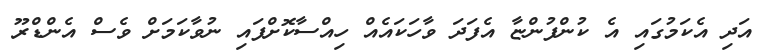
އަދި އެކަމުގައި އެ ކުންފުންޏާ އެފަދަ ވާހަކައެއް ހިއްސާކޮށްފައި ނުވާކަމަށް ވެސް އެންޑްރޫ